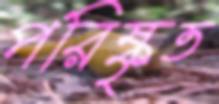
পরিষ্কৃত